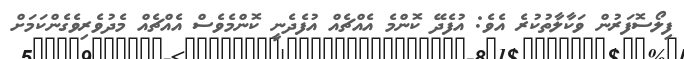
ފިލޯސޮފަރުން ވަކާލާތުކުރެ އެވެ: އުފެދޭ ކޮންމެ އެއްޗެއް އުފެދެނީ ކޮންމެވެސް އެއްޗެއް މެދުވެރިވެގެންކަމަށް